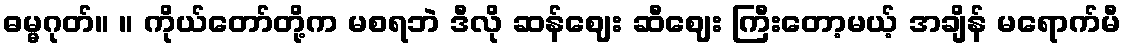
ဓမ္မဂုတ်။ ။ ကိုယ်တော်တို့က မစရဘဲ ဒီလို ဆန်ဈေး ဆီဈေး ကြီးတော့မယ့် အချိန် မရောက်မီ